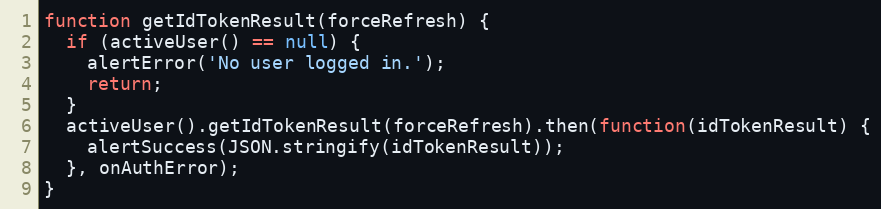
Language: JavaScript
function getIdTokenResult(forceRefresh) {
  if (activeUser() == null) {
    alertError('No user logged in.');
    return;
  }
  activeUser().getIdTokenResult(forceRefresh).then(function(idTokenResult) {
    alertSuccess(JSON.stringify(idTokenResult));
  }, onAuthError);
}